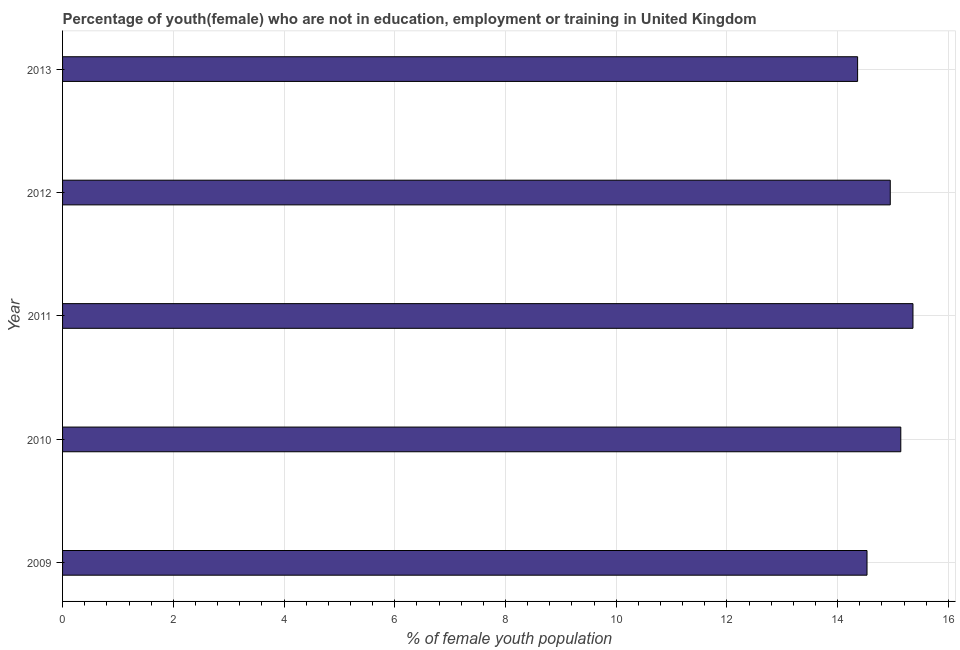
| Year | Unemployed(female) |
 | --- | --- |
 | 2009 | 14.5 |
 | 2010 | 15.1 |
 | 2011 | 15.4 |
 | 2012 | 14.9 |
 | 2013 | 14.4 |